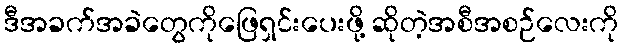
ဒီအခက်အခဲတွေကိုဖြေရှင်းပေးဖို့ ဆိုတဲ့အစီအစဉ်လေးကို